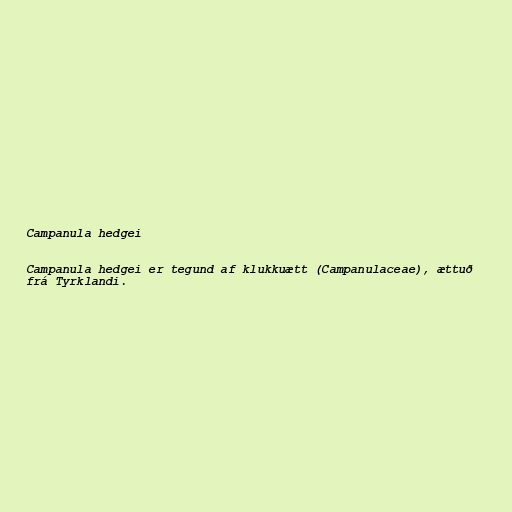
Campanula hedgei

Campanula hedgei er tegund af klukkuætt (Campanulaceae), ættuð
frá Tyrklandi.